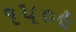
૧૫૦૯